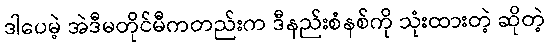
ဒါပေမဲ့ အဲဒီမတိုင်မီကတည်းက ဒီနည်းစံနစ်ကို သုံးထားတဲ့ ဆိုတဲ့